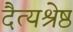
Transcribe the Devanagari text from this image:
दैत्यश्रेष्ठ